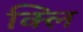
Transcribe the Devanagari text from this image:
क्लि